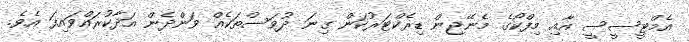
އެމްޓީސީސީ އާއި މިފްކޯގެ މެނޭޖިން ޑިރެކްޓަރުކަން ގިނަ ދުވަސްތަކެއް ވަންދެން އަދާކުރައްވައިފަ އެވެ.